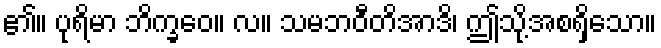
၏။ ပုရိမာ ဘိက္ခဝေ။ လ။ သမဘဝီတိအာဒိ၊ ဤသို့အစရှိသော။